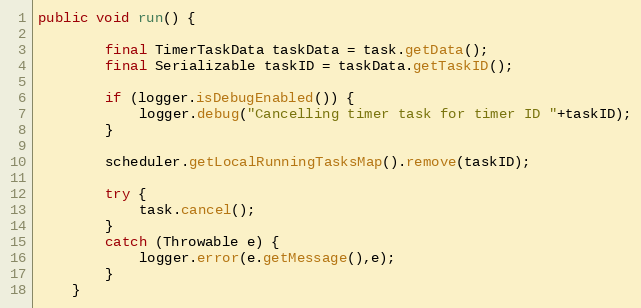
Language: Java
public void run() {

		final TimerTaskData taskData = task.getData();
		final Serializable taskID = taskData.getTaskID();

		if (logger.isDebugEnabled()) {
			logger.debug("Cancelling timer task for timer ID "+taskID);
		}

		scheduler.getLocalRunningTasksMap().remove(taskID);

		try {
			task.cancel();
		}
		catch (Throwable e) {
			logger.error(e.getMessage(),e);
		}
	}